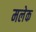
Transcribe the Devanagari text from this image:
मलेक